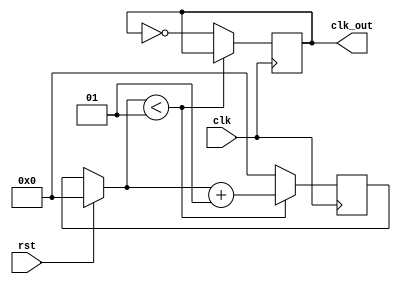
`timescale 1ns / 1ps
//////////////////////////////////////////////////////////////////////////////////
// Company: 
// Engineer: 
// 
// Design Name: 
// Module Name: divider
// Project Name: 
// Target Devices: 
// Tool Versions: 
// Description: 
// 
// Dependencies: 
// 
// Revision:
// Revision 0.01 - File Created
// Additional Comments:
// 
//////////////////////////////////////////////////////////////////////////////////
module divider(clk,rst,clk_out);
input clk,rst;
output reg clk_out=0;
parameter width=5;//
integer count=0;
always@(posedge clk)
begin
if(rst==1)
begin
clk_out<=0;
count=0;
end
if(count<width/2-1)
count=count+1;
else
begin
count=0;
clk_out=~clk_out;
end
end
endmodule